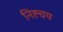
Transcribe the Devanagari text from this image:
निह्चय